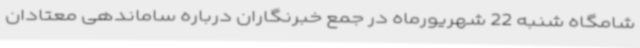
شامگاه شنبه 22 شهریورماه در جمع خبرنگاران درباره ساماندهی معتادان